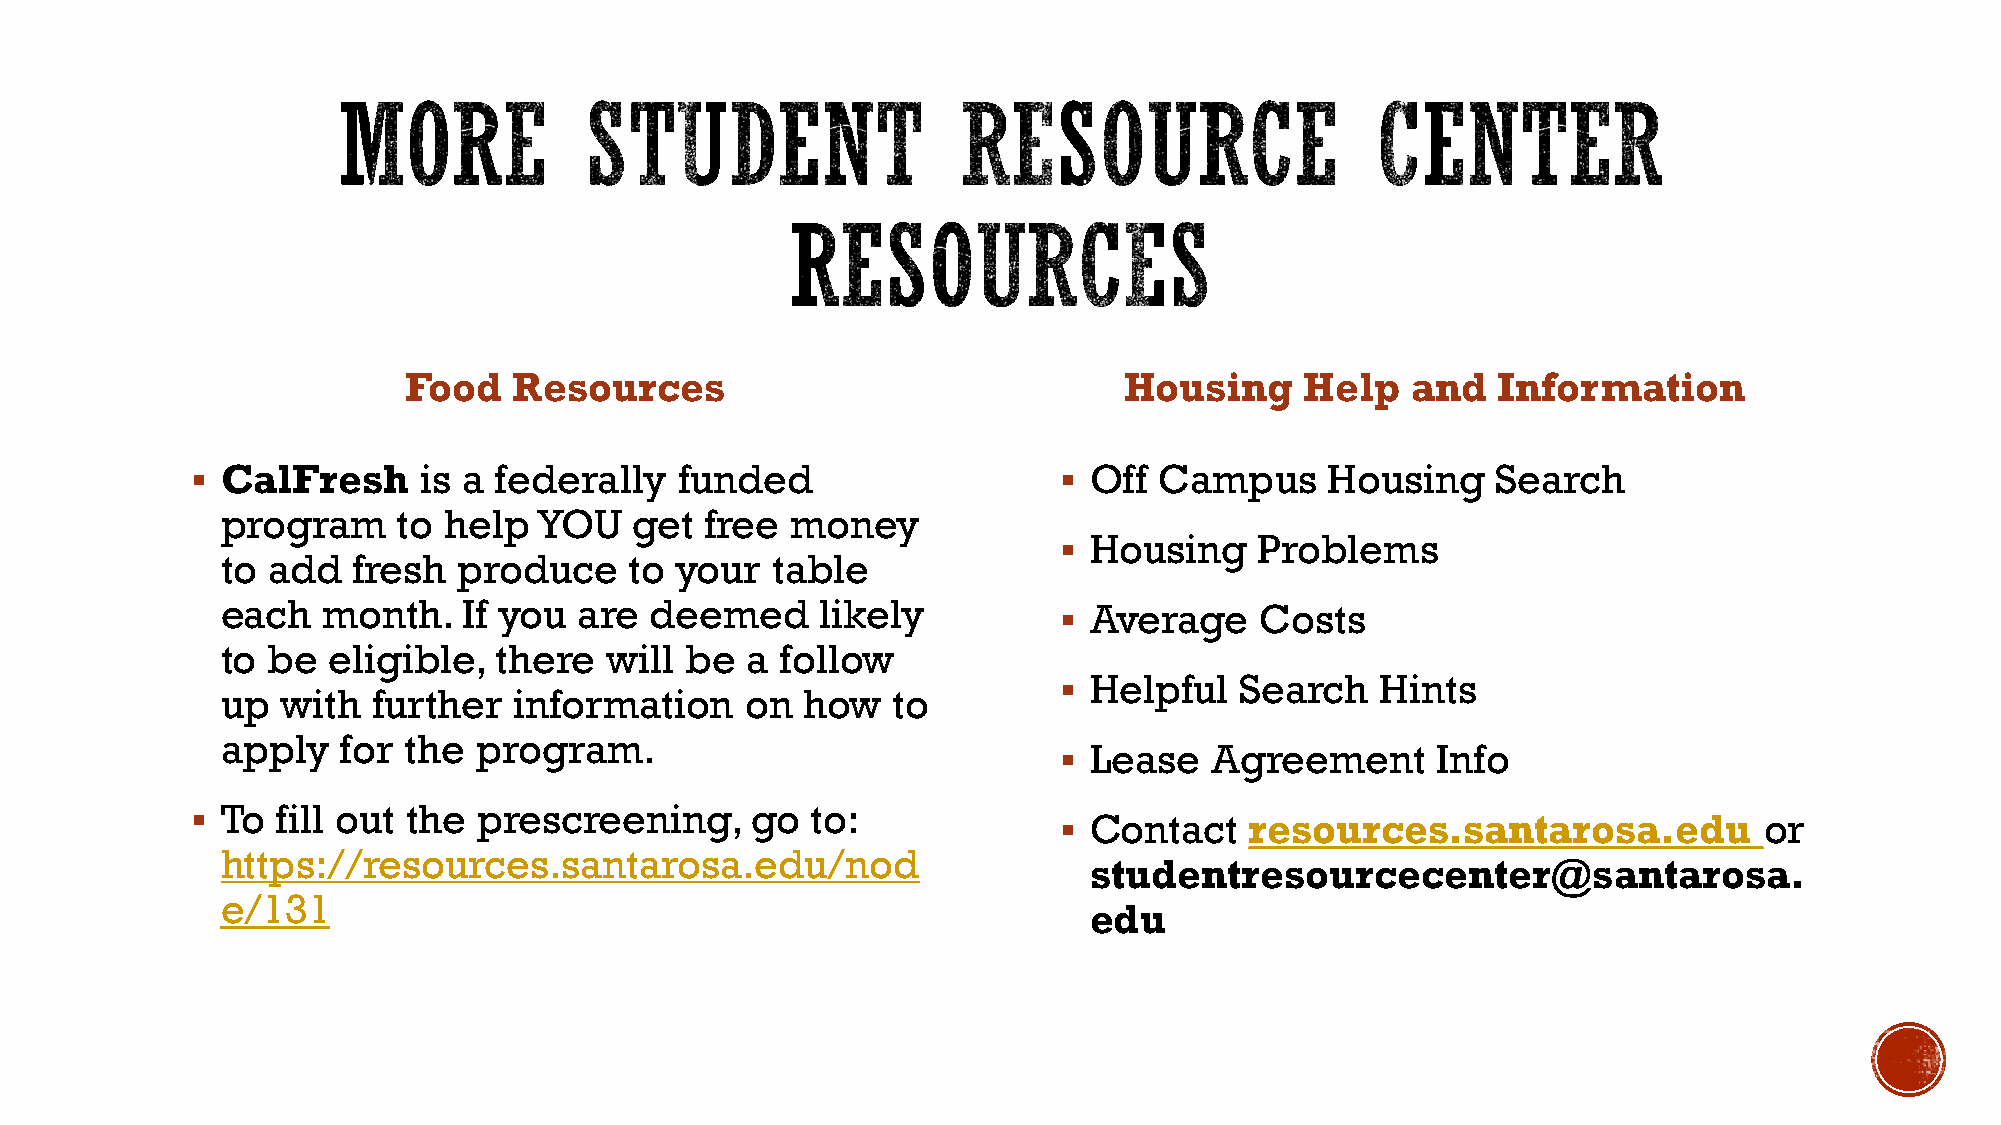
Food   Resources                               Housing     Help   and   Information
  CalFresh     is a federally   funded                    Off  Campus     Housing    Search
 program    to help   YOU   get  free money
  Housing    Problems
 to add  fresh  produce     to your  table
 each  month.    If you are  deemed     likely           Average    Costs
 to be  eligible,  there  will be  a  follow
  Helpful   Search   Hints
 up  with  further  information    on  how   to
 apply   for the  program.
  Lease   Agreement      Info
  To fill out the  prescreening,     go  to:
  Contact    resources.santarosa.edu           or
 https://resources.santarosa.edu/nod
 studentresourcecenter@santarosa.
 e/131
 edu